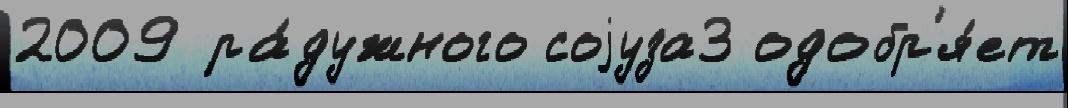
2009 ра́дужного соjуза3 одобр'я́ет